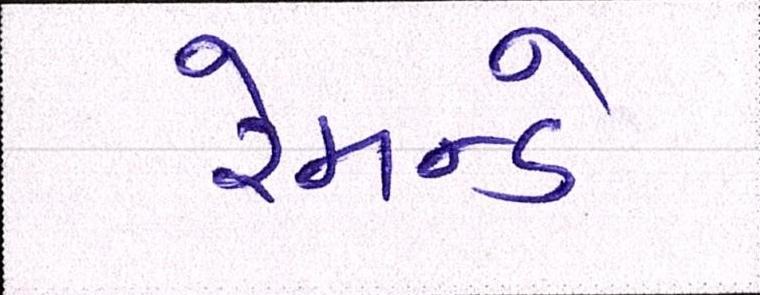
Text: રેમન્ડે